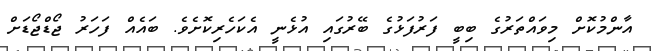
އާންމުކޮށް މިވައްތަރުގެ ބިބީ ފަރުފަޅުގެ ބޭރުގައި އުޅެނީ އެކަހެރިކޮށެވެ. ބައެއް ފަހަރު ޖޯޑްޖޯޑަށް